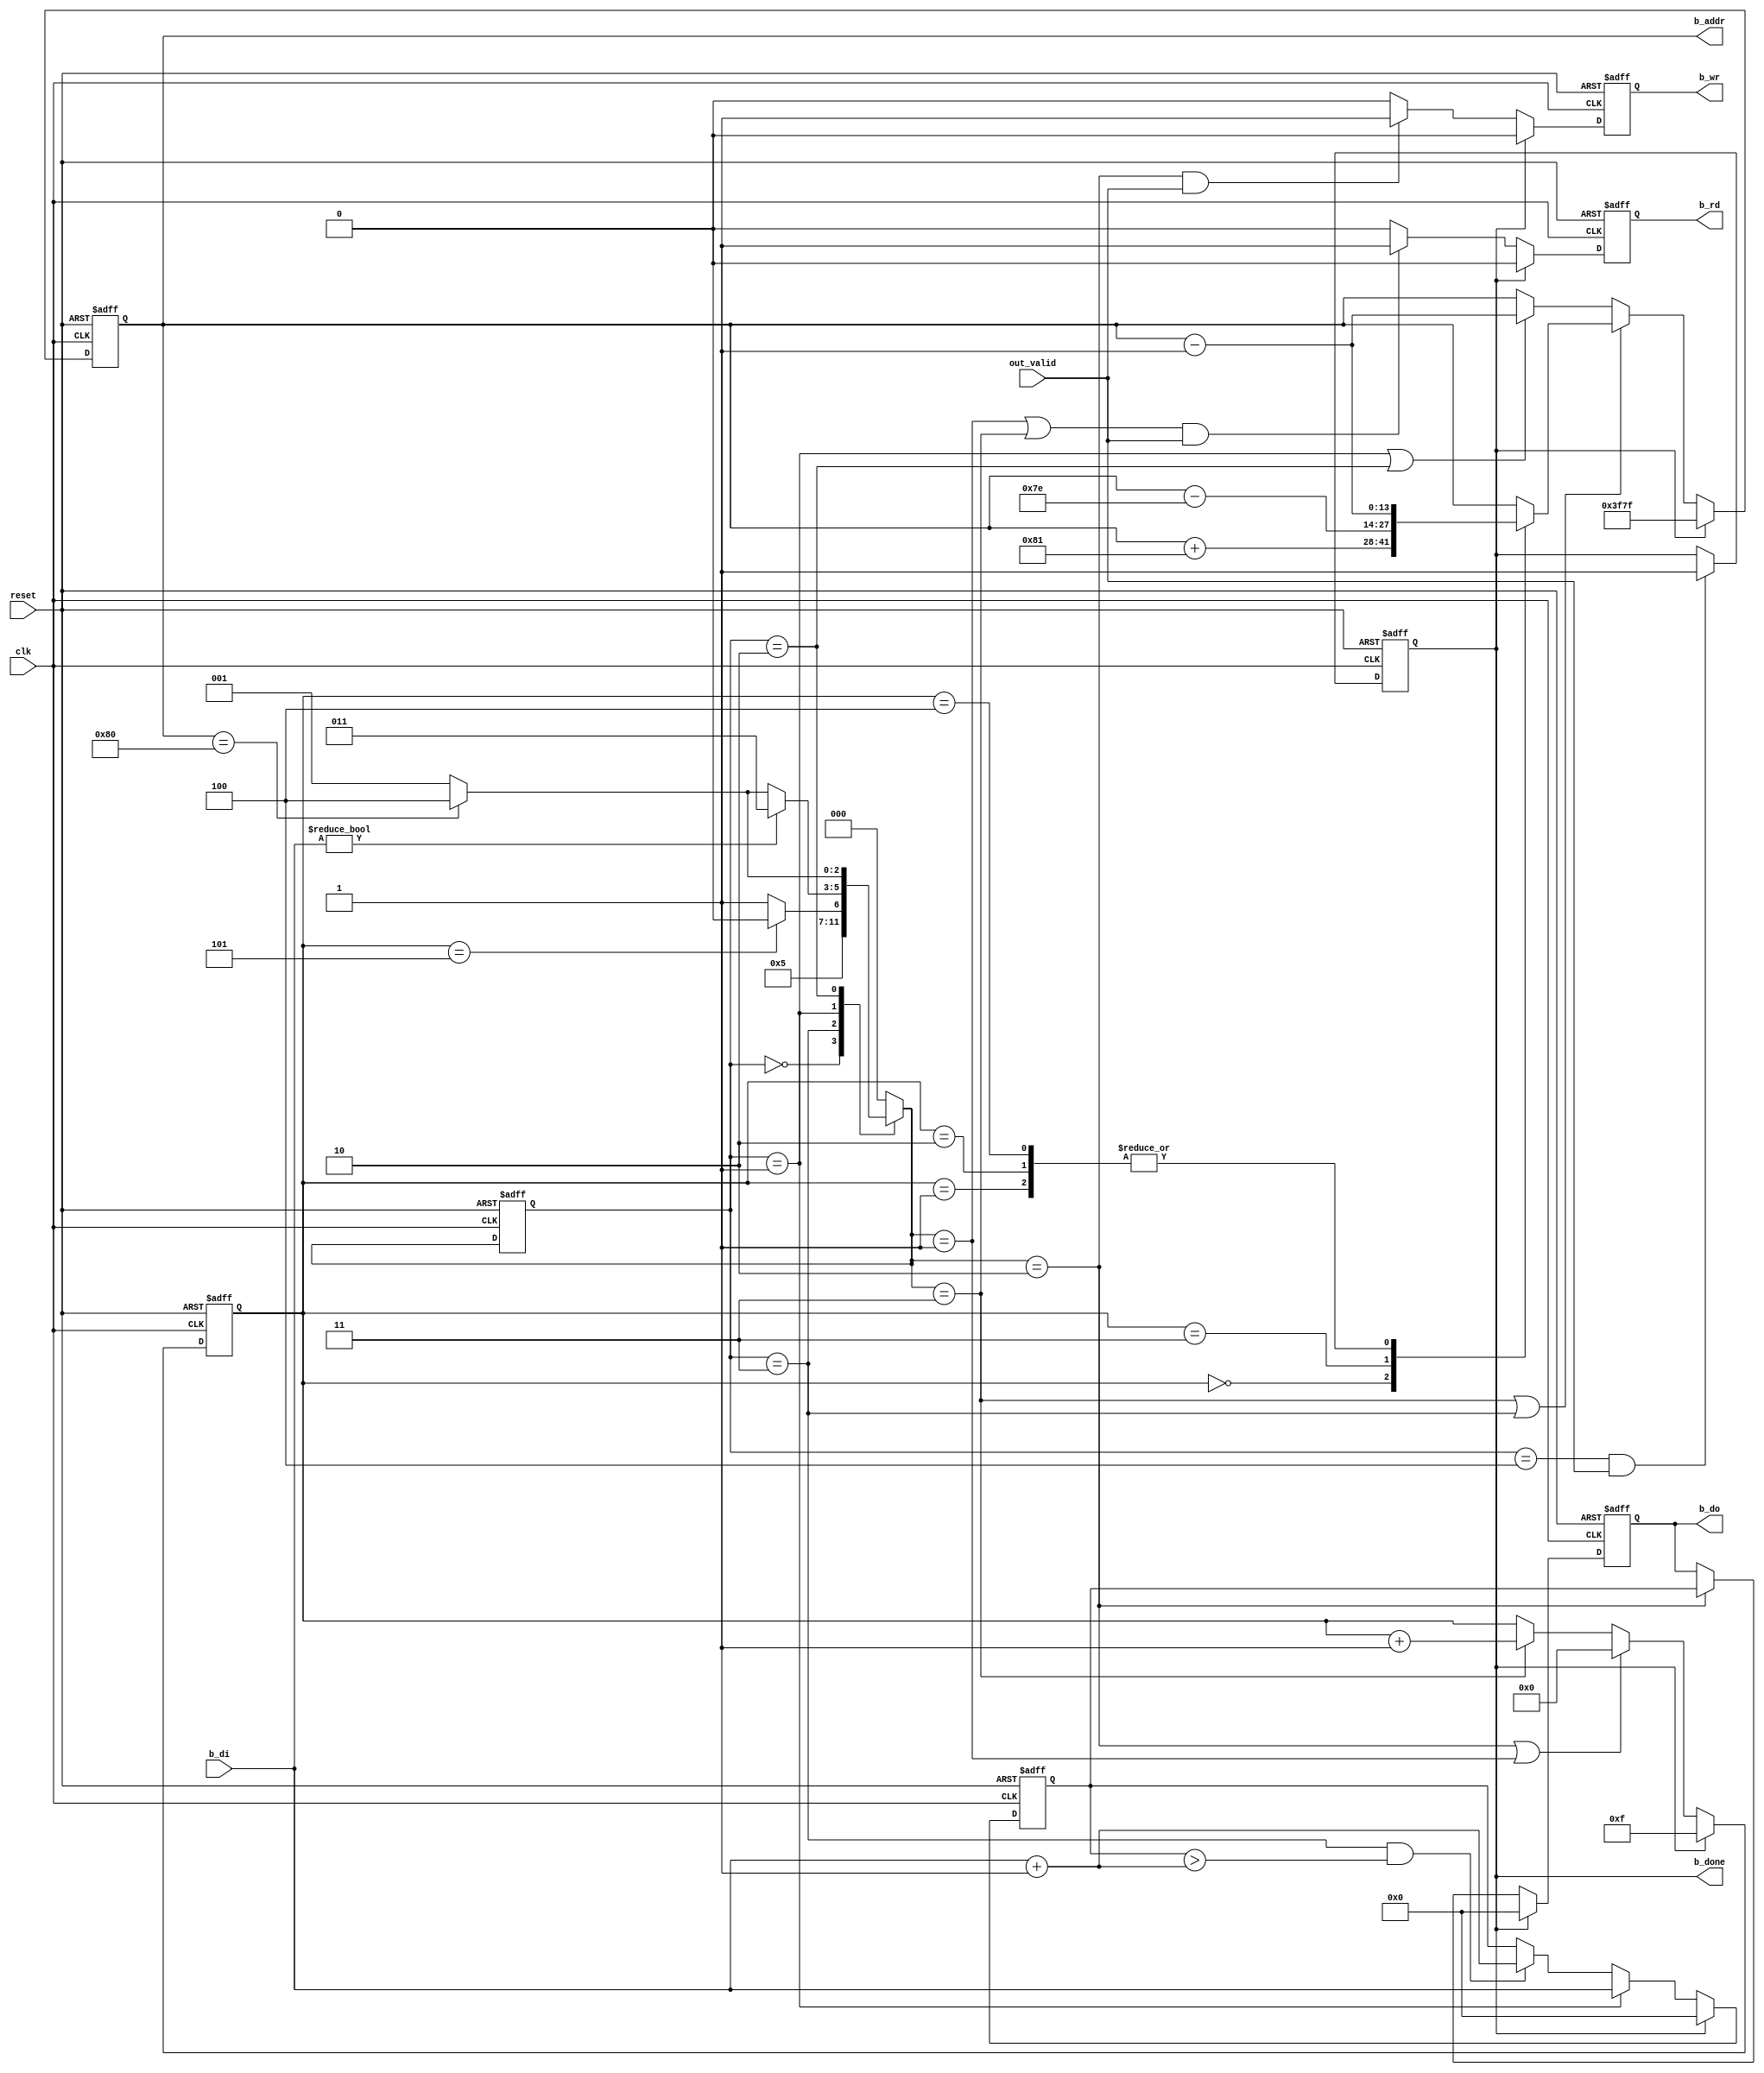
module backward(
	input 			clk, 
	input			reset,
	input 		 out_valid,
	input		[7:0] b_di,
	output	reg		b_done ,
	output	reg		b_wr ,
	output	reg		b_rd ,
	output	reg 	[13:0]	b_addr ,
	output	reg 	[7:0]	b_do
	
	);
reg [7:0] min;
reg [3:0] counter;
wire [7:0] compute_temp;
assign compute_temp = b_di + 1;

//fsm
reg [2:0] cs;
reg [2:0] ns;
parameter INIT = 3'd0;
parameter READ_B = 3'd1;
parameter WRITE_B = 3'd2;
parameter COUNT_5 = 3'd3;
parameter FINISH = 3'd4;

always@(posedge clk or posedge reset) begin
	if(reset) 
		cs <= INIT;
	else 
		cs <= ns;
end

always@(*) begin
	case(cs)
		INIT:
			ns = READ_B;
		COUNT_5:
			if(counter== 4'd5)
				ns = WRITE_B;
			else 
				ns = COUNT_5;
		READ_B:
			if(b_di) 
				ns = COUNT_5;
			else begin
				if(b_addr == 14'd128) 
					ns = FINISH;
				else 
					ns = READ_B;
			end
		WRITE_B:
			if(b_addr == 14'd128)
				ns = FINISH;
			else 
				ns = READ_B;
		FINISH:
			ns = INIT;
		default: 
			ns = INIT;
	endcase
end
//?wire clr = reset || b_done;
//min
always@(posedge clk or posedge reset)begin
	if(reset)
		min <= 0;
	else if(b_done) 
		min <= 0;
	else if(cs == READ_B) 
		min <= b_di;
	else if(cs == COUNT_5 && min>compute_temp )
		min <= compute_temp;
end
//counter
always@(posedge clk or posedge reset)begin
	if(reset)
		counter <= 4'd15;
	else if(b_done)
		counter <= 4'd15;
	else if(ns == WRITE_B || ns == READ_B)
		counter <= 4'd0;
	else if(ns == COUNT_5)
		counter <= counter + 4'd1;
end

//b_rd
always@(posedge clk or posedge reset)begin
	if(reset)
		b_rd <= 1'b0;
	else if(b_done) 
		b_rd <= 1'b0;
	else if((ns == READ_B || ns == COUNT_5) && out_valid==1'b1)
		b_rd <= 1'b1;
	else 
		b_rd <= 1'b0;
end
//b_wr
always@(posedge clk or posedge reset)begin
	if(reset)
		b_wr <= 1'd0;
	else if(b_done) 
		b_wr <= 1'd0;
	else if(ns == WRITE_B && out_valid==1'b1) 
		b_wr <= 1'd1;
	else 
		b_wr <= 1'd0;
end

//b_addr
always@(posedge clk or posedge reset)begin
	if(reset)
		b_addr <= 14'd16255;
	else if(b_done)
		b_addr <= 14'd16255;
	else if(ns == COUNT_5 || cs == COUNT_5) begin
		case(counter)  
			4'd0: b_addr <= b_addr + 14'd129;
			4'd1: b_addr <= b_addr - 14'd1;
			4'd2: b_addr <= b_addr - 14'd1;
			4'd3: b_addr <= b_addr - 14'd126;
			4'd4: b_addr <= b_addr - 14'd1;
		endcase
	end
	else if(cs == READ_B || cs == WRITE_B) 
		b_addr <= b_addr - 14'd1;
end
//b_do
always@(posedge clk or posedge reset)begin
	if(reset)
		b_do <= 0;
	else if(b_done) 
		b_do <= 0;
	else if(ns == WRITE_B) 
		b_do <= min;
end
//done
always@(posedge clk or posedge reset)begin
	if(reset) 
		b_done <= 1'b0;
	else if(cs == FINISH && out_valid==1'b1) 
		b_done <= 1'b1;
end

endmodule